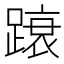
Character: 𲃿